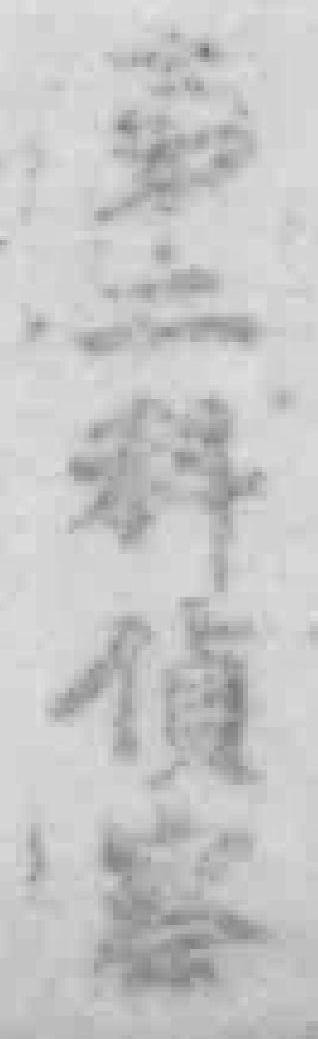
第二科侦察